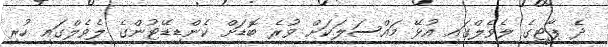
ދެ ޕާޓީގެ ލެވެލްގައި އުޅޭ މައްސަލަކަށް ވުރެ ބޮޑަށް ކެންޑިޑޭޓުންގެ ލެވެލްގައި ހުރި